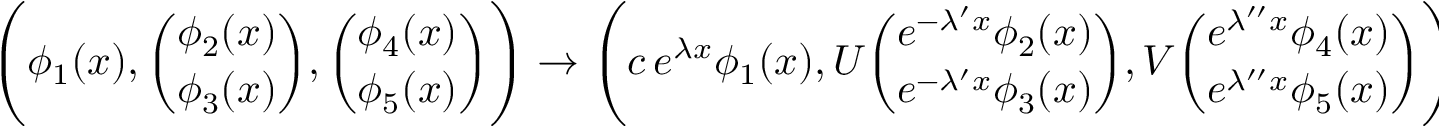
\Biggl ( \phi _ { 1 } ( x ) , { \binom { \phi _ { 2 } ( x ) } { \phi _ { 3 } ( x ) } } , { \binom { \phi _ { 4 } ( x ) } { \phi _ { 5 } ( x ) } } \Biggr ) \rightarrow \Biggl ( c \, e \sp { \lambda x } \phi _ { 1 } ( x ) , U { \binom { e \sp { - \lambda \sp \prime x } \phi _ { 2 } ( x ) } { e \sp { - \lambda \sp \prime x } \phi _ { 3 } ( x ) } } , V { \binom { e \sp { \lambda \sp { \prime \prime } x } \phi _ { 4 } ( x ) } { e \sp { \lambda \sp { \prime \prime } x } \phi _ { 5 } ( x ) } } \Biggr )